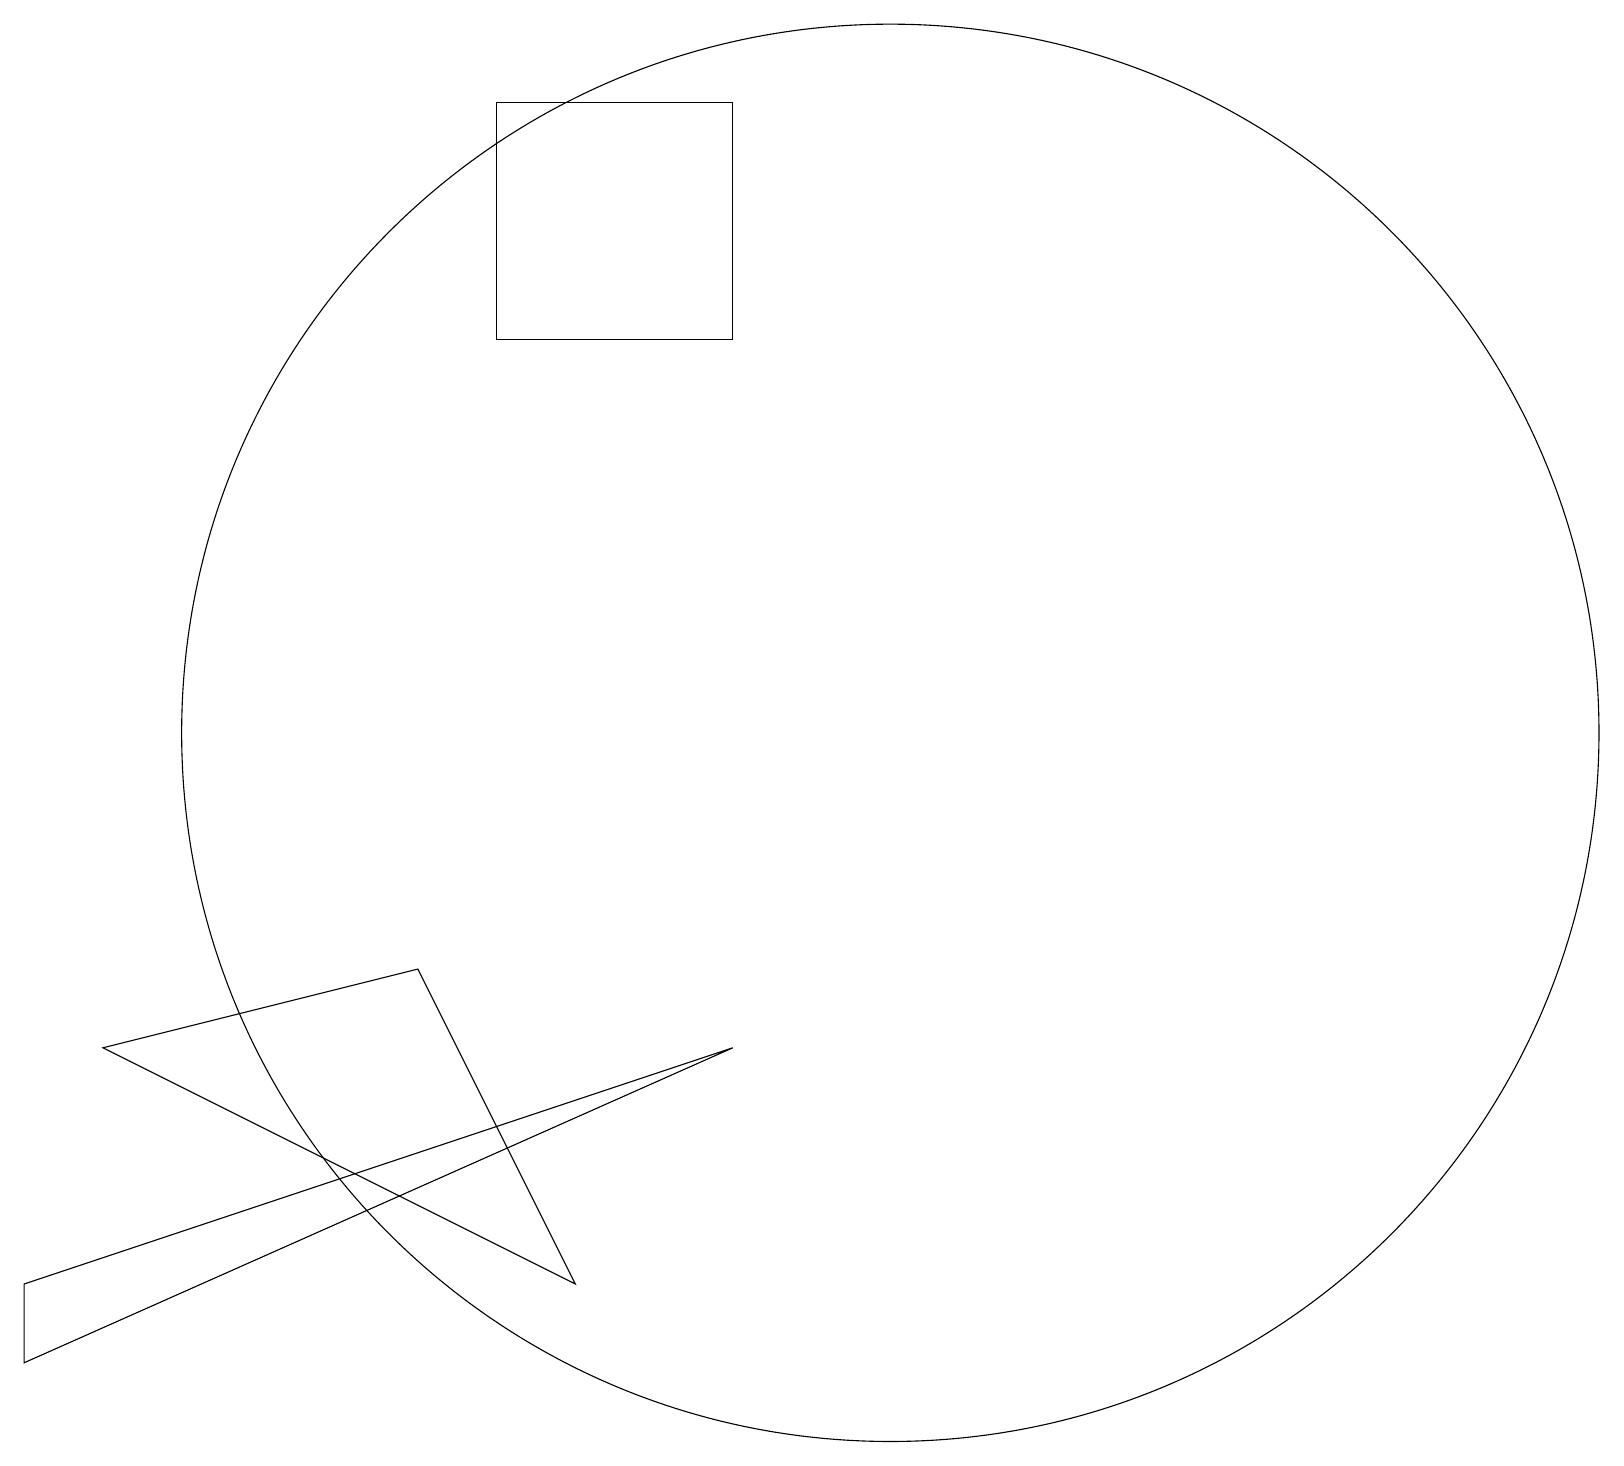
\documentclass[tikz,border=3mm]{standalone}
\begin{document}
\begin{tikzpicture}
\draw (7,3) -- (1,6) -- (5,7) -- cycle;
\draw (9,18) rectangle (6,15);
\draw (0,3) -- (0,2) -- (9,6) -- cycle;
\draw (11,10) circle (9);
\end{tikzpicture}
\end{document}